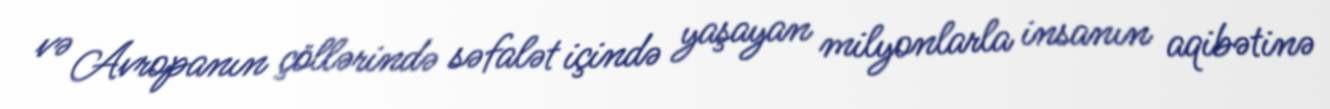
və Avropanın çöllərində səfalət içində yaşayan milyonlarla insanın aqibətinə